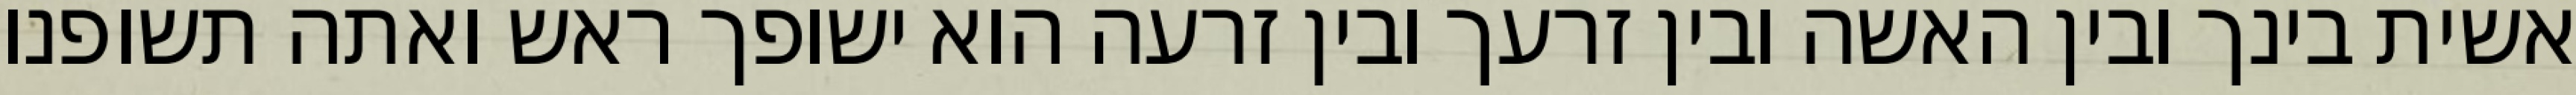
אשית בינך ובין האשה ובין זרעך ובין זרעה הוא ישופך ראש ואתה תשופנו